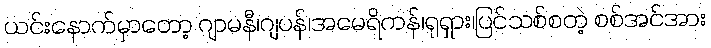
ယင်းနောက်မှာတော့ ဂျာမနီ၊ဂျပန်၊အမေရိကန်၊ရုရှား၊ပြင်သစ်စတဲ့ စစ်အင်အား